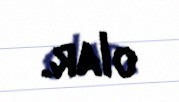
olar.